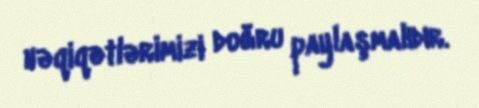
həqiqətlərimizi doğru paylaşmalıdır.